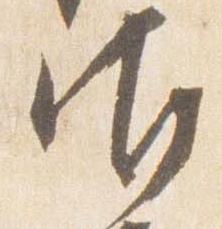
御